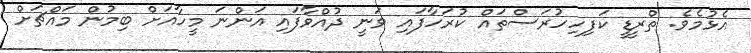
އެޅުމެވެ. ތްރީޑީ ކަފިހިހުރަސްތައް ކުރަހާފައި ވަނީ ދުއްވާފައި އަންނަ މީހާއަށް ބިމުން މައްޗަށް